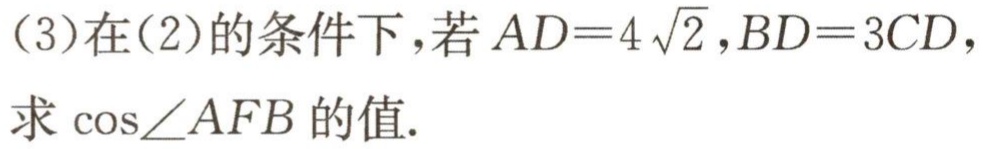
(3)在(2)的条件下，若\(AD = 4\sqrt{2},BD = 3CD\)，求\(\cos\angle AFB\)的值.